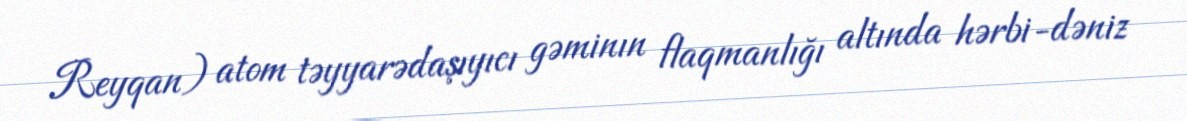
Reyqan) atom təyyarədaşıyıcı gəminın flaqmanlığı altında hərbi-dəniz